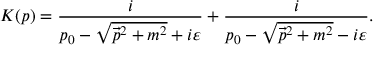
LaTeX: K ( p ) = { \frac { i } { p _ { 0 } - { \sqrt { { \vec { p } } ^ { 2 } + m ^ { 2 } } } + i \varepsilon } } + { \frac { i } { p _ { 0 } - { \sqrt { { \vec { p } } ^ { 2 } + m ^ { 2 } } } - i \varepsilon } } .